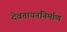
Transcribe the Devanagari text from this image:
देवतायननिर्माण